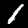
Label: 1